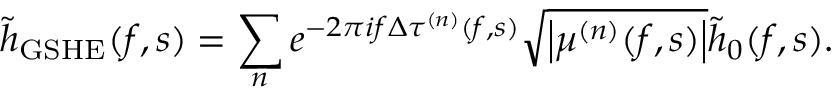
\tilde { h } _ { \mathrm { G S H E } } ( f , s ) = \sum _ { n } e ^ { - 2 \pi i f \Delta \tau ^ { ( n ) } ( f , s ) } \sqrt { \left| \mu ^ { ( n ) } ( f , s ) \right| } \tilde { h } _ { 0 } ( f , s ) .